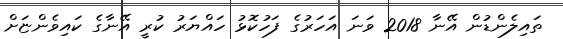
ތައިލެންޑުން އޭނާ 2018 ވަނަ އަހަރުގެ ފަހުކޮޅު ހައްޔަރު ކުރީ އޭނާގެ ކައިވެންޏަށް